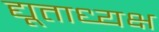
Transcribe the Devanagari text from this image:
द्यूताध्यक्ष